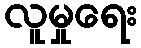
လူမှုရေး